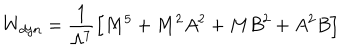
W _ { d y n } = \frac { 1 } { \Lambda ^ { 7 } } \Big [ M ^ { 5 } + M ^ { 2 } A ^ { 2 } + M B ^ { 2 } + A ^ { 2 } B \Big ]